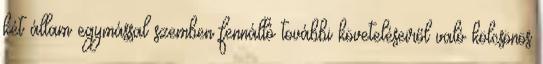
két állam egymással szemben fennálló további követeléseiről való kölcsönös